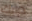
درايك